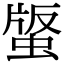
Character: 𧌿